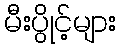
မီးပွိုင့်များ